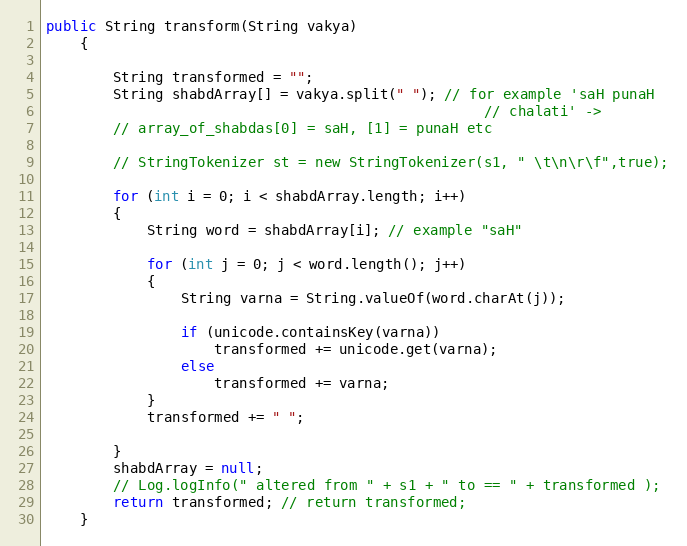
Language: Java
public String transform(String vakya)
    {

        String transformed = "";
        String shabdArray[] = vakya.split(" "); // for example 'saH punaH
                                                    // chalati' ->
        // array_of_shabdas[0] = saH, [1] = punaH etc

        // StringTokenizer st = new StringTokenizer(s1, " \t\n\r\f",true);

        for (int i = 0; i < shabdArray.length; i++)
        {
            String word = shabdArray[i]; // example "saH"

            for (int j = 0; j < word.length(); j++)
            {
                String varna = String.valueOf(word.charAt(j));

                if (unicode.containsKey(varna))
                    transformed += unicode.get(varna);
                else
                    transformed += varna;
            }
            transformed += " ";

        }
        shabdArray = null;
        // Log.logInfo(" altered from " + s1 + " to == " + transformed );
        return transformed; // return transformed;
    }